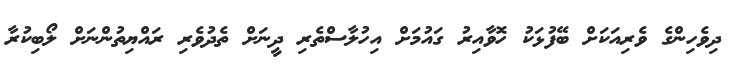
ދިވެހިންގެ ވެރިއަކަށް ބޭފުޅަކު ހޮވާއިރު ގައުމަށް އިހުލާސްތެރި ދީނަށް ތެދުވެރި ރައްޔިތުންނަށް ލޯބިކުރާ